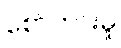
စော်ကားမှု